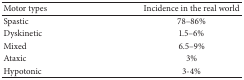
<table><thead><tr><td><b>Motor types</b></td><td><b>Incidence in the real world</b></td></tr></thead><tbody><tr><td>Spastic</td><td>78–86%</td></tr><tr><td>Dyskinetic</td><td>1.5–6%</td></tr><tr><td>Mixed</td><td>6.5–9%</td></tr><tr><td>Ataxic</td><td>3%</td></tr><tr><td>Hypotonic</td><td>3-4%</td></tr></tbody></table>